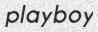
playboy